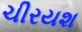
ચીરયશ